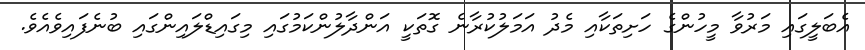
އެބަލީގައި މަރުވާ މީހުންގެ ހަށިތަކާއި މެދު އަމަލުކުރާނެ ގޮތަކީ އަންދާލުންކަމުގައި މިގައިޑްލައިންގައި ބުނެފައިވެއެވެ.